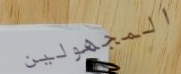
المجهولين